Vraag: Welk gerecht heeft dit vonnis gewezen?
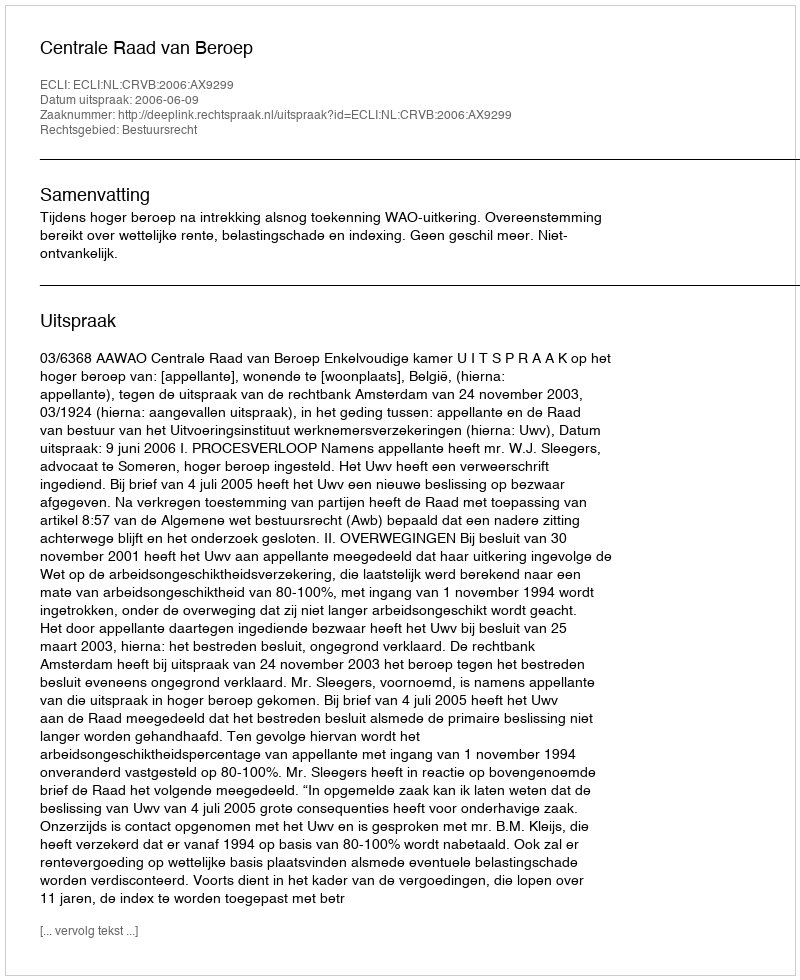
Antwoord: Centrale Raad van Beroep